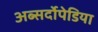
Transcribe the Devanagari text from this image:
अब्सर्दोपेडिया